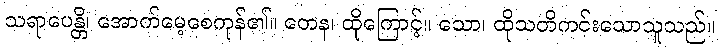
သရာပေန္တိ၊ အောက်မေ့စေကုန်၏။ တေန၊ ထိုကြောင့်။ သော၊ ထိုသတိကင်းသောသူသည်။